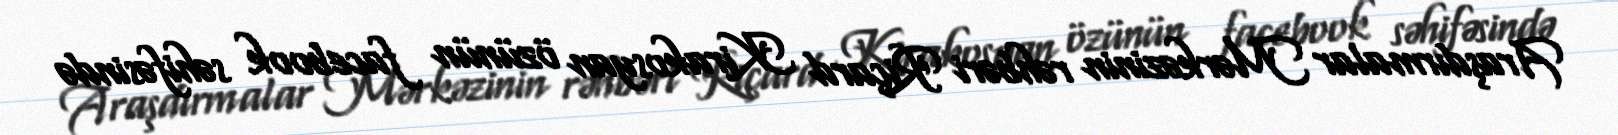
Araşdırmalar Mərkəzinin rəhbəri Riçard Kirakosyan özünün facebook səhifəsində